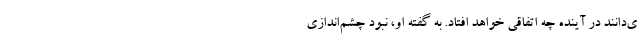
ی‌دانند در آینده چه اتفاقی خواهد افتاد. به گفته او، نبود چشم‌اندازی